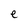
Character: e